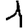
Digit: 1